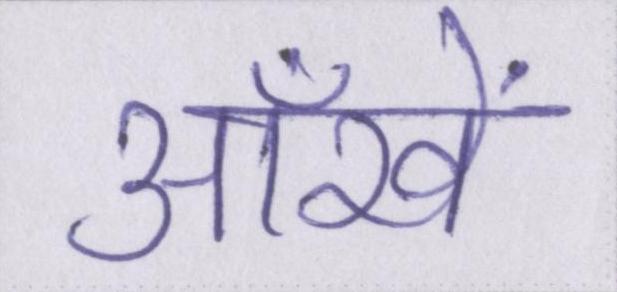
ऑंखें